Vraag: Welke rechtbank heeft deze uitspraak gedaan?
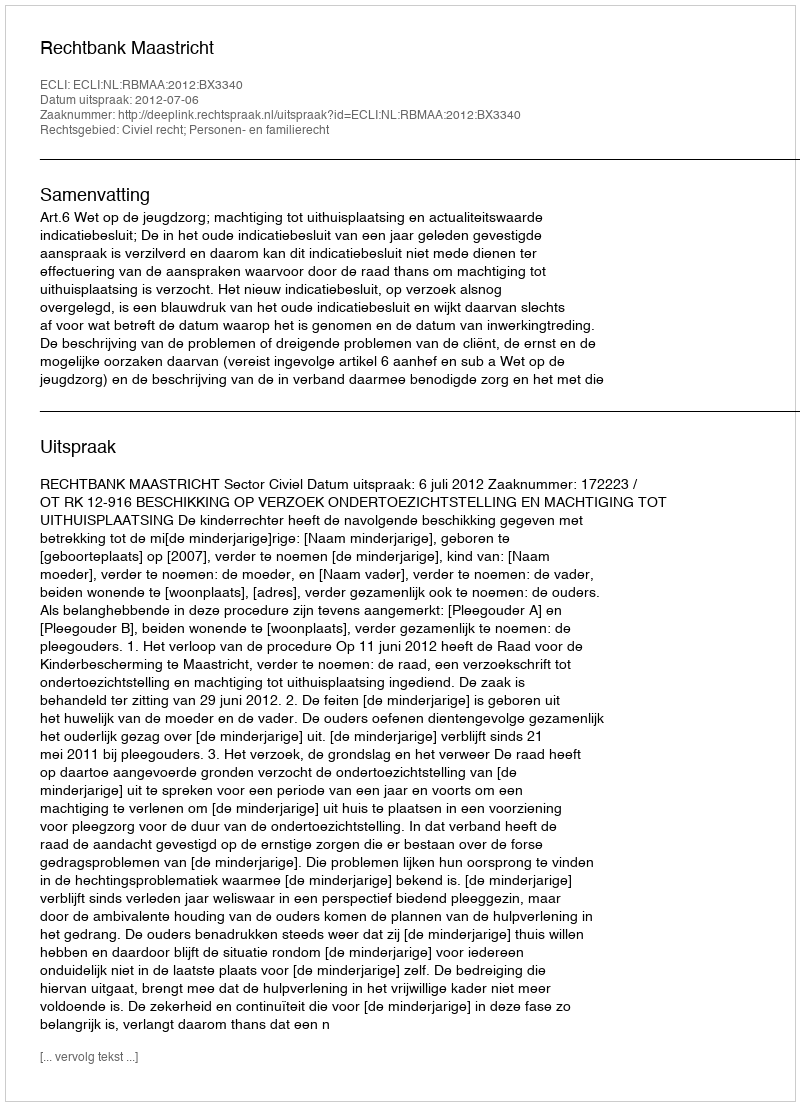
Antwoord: Rechtbank Maastricht